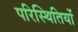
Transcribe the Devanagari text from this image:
परिस्‍िथतियों